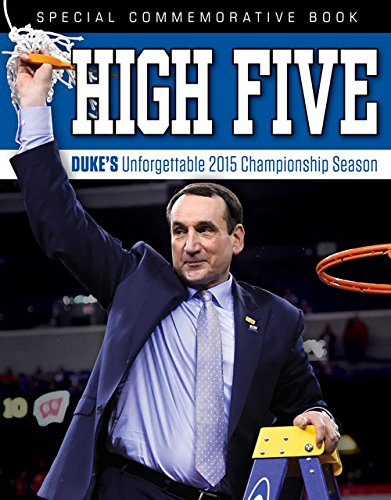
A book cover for High Five: Duke's Unforgettable 2015 Championship Season; Triumph Books; Sports & Outdoors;